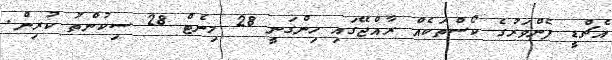
އެޗްޑީ ފެންވަރުގެ ކޯސްތަކެއް ރާއްޖޭގައި ހިންގަނީ 28 މިނެޓް 28 ސިކުންތު ކުރިން.